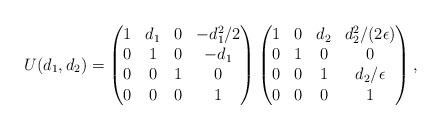
LaTeX: \begin{align*}U (d_1, d_2) = \begin{pmatrix}1&d_1&0&-d_1^2/2\\0&1&0&-d_1\\0&0&1&0\\0&0&0&1\end{pmatrix}\begin{pmatrix}1&0&d_2&d_2^2/(2 \epsilon)\\0&1&0&0\\0&0&1&d_2/ \epsilon \\0&0&0&1\end{pmatrix},\end{align*}